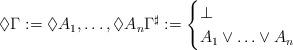
LaTeX: \begin{gather*}\Diamond \Gamma := \Diamond A_1, \ldots, \Diamond A_n \Gamma^\sharp :=\begin{cases}\bot & \\ A_1 \vee \ldots \vee A_n & \end{cases}\end{gather*}